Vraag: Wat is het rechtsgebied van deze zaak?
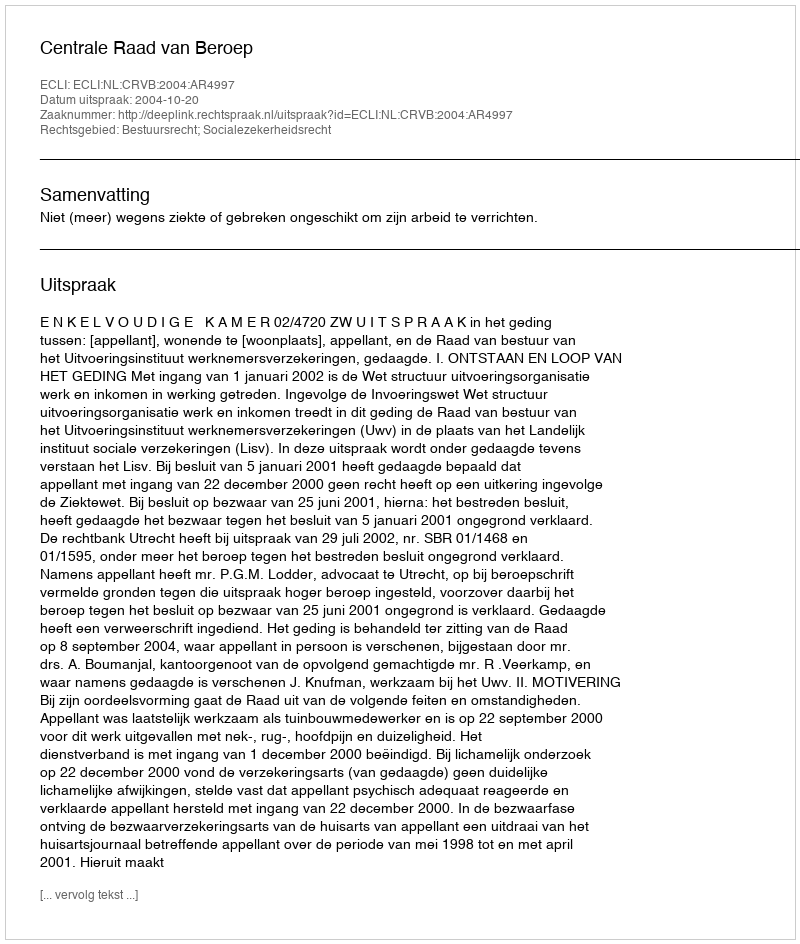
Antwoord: Bestuursrecht; Socialezekerheidsrecht